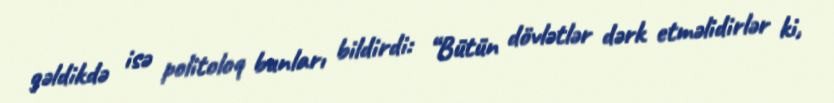
gəldikdə isə politoloq bunları bildirdi: “Bütün dövlətlər dərk etməlidirlər ki,